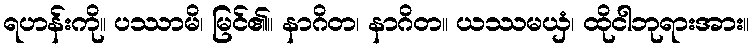
ရဟန်းကို။ ပဿာမိ၊ မြင်၏။ နာဂိတ၊ နာဂိတ။ ယဿမယှံ၊ ထိုငါဘုရားအား။